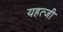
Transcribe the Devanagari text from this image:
यहत्जी